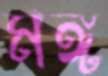
মঙ্গ